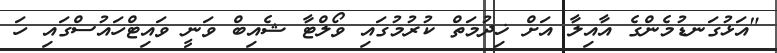
"އަޅުގަނޑުމެންގެ އާއިލާ އަށް ޚިދުމަތް ކުރުމުގައި ވޯލްޓާ ޝެއިބް ވަނީ ވައިޓްހައުސްގައި ހަ